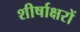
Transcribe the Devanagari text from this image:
शीर्षाक्षरों